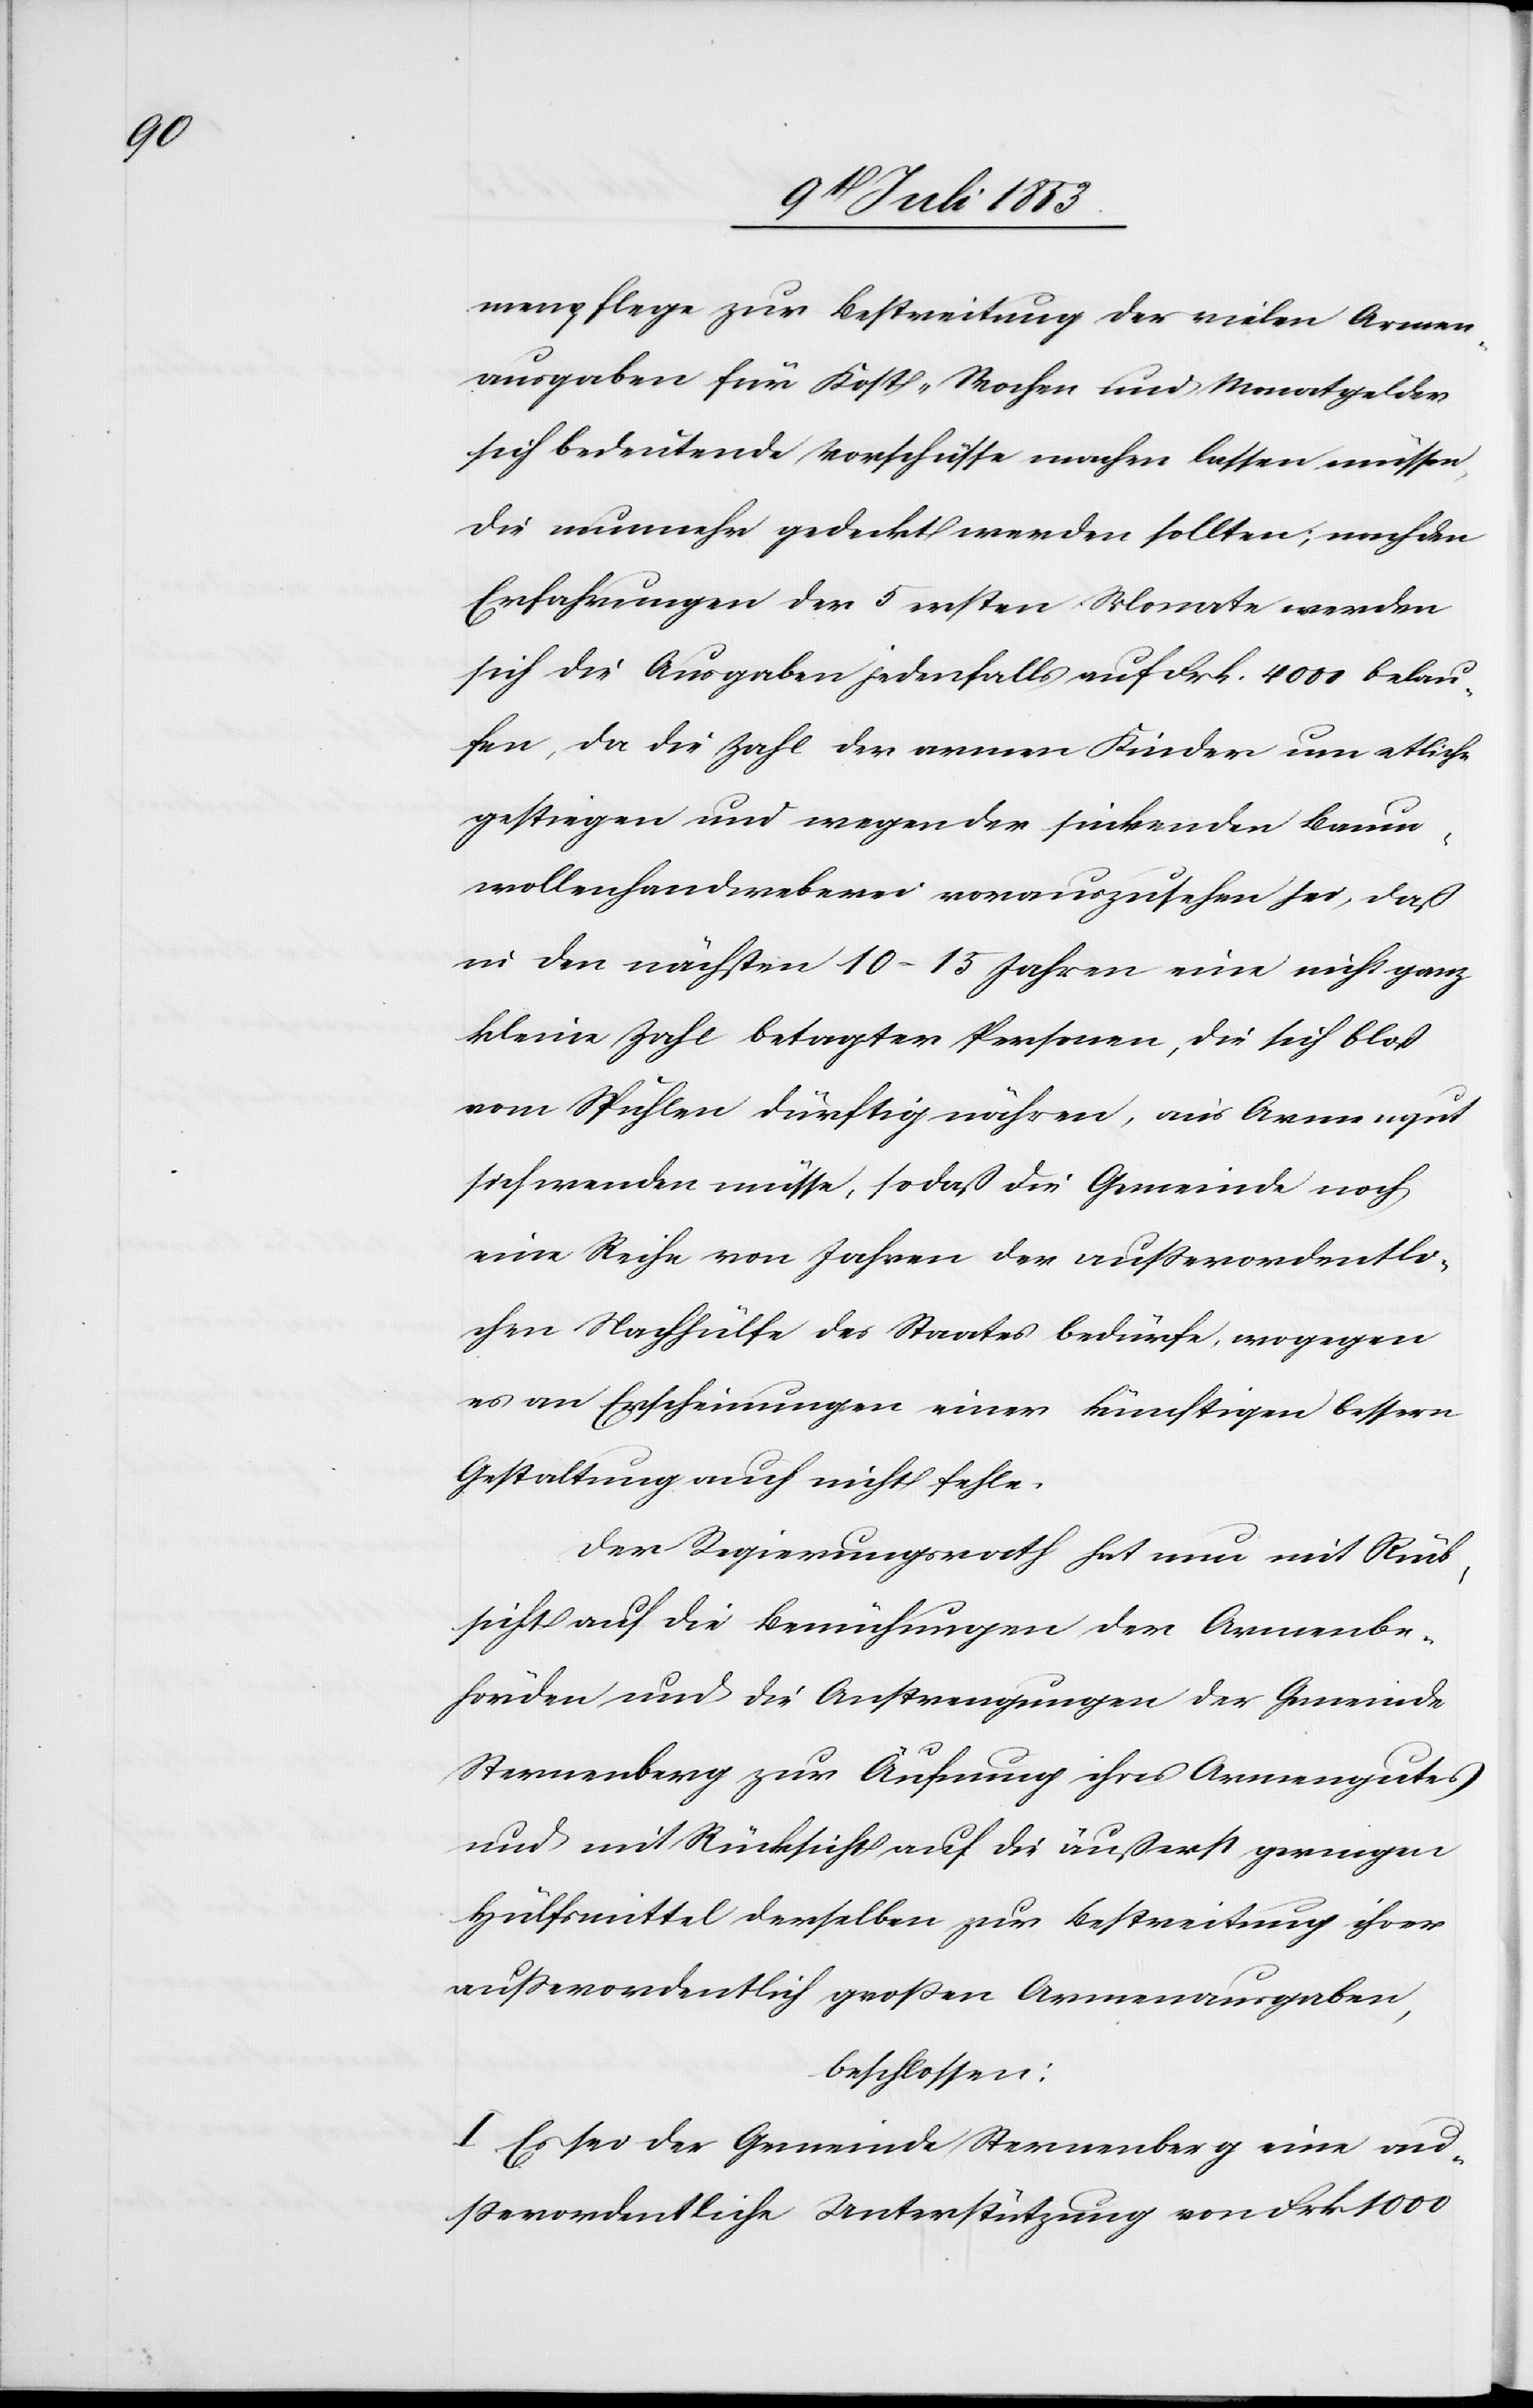
menpflege zur Bestreitung der vielen Armen¬
ausgaben für Kost-Wochen und Monatsgelder
sich bedeutende Vorschüsse machen lassen müssen,
die nunmehr gedeckt werden sollten; nach den
Erfahrungen der 5 ersten Monate werden
sich die Ausgaben jedenfalls auf Frk. 4000 belau¬
fen, da die Zahl der armen Kinder um etliche
gestiegen und wegen der sinkenden Baum¬
wollenhandbweberei vorauszusehen sei, daß
in den nächsten 10–15 Jahren eine nicht ganz
kleine Zahl betagter Personen, die sich bloß
vom Spühlen dürftig nähren, an’s Armengut
sich wenden müsse, so daß die Gemeinden noch
eine Reihe von Jahren der außerordentli¬
chen Nachhülfe des Staates bedürfe, wogegen
es an Erscheinungen einer künftigen bessern
Gestaltung auch nicht fehle.
Der Regierungsrath hat nun mit Rück¬
sicht auf die Bemühungen der Armenbe¬
hörden und die Anstrengungen der Gemeinde
Sternenberg zur Äufnung ihres Armengutes
und mit Rücksicht auf die äußerst geringen
Hülfsmittel derselben zur Bestreitung ihrer
außerordentlich großen Armenausgaben,
beschlossen:
I. Es sei der Gemeinde Sternenberg eine au¬
ßerordentliche Unterstützung von Frk. 1000